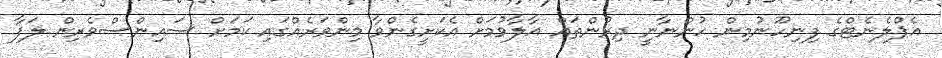
އެޕްލެނެޓްގެ ފިނިހޫނުމިން ހުންނާނީ ދިރުންތައް އާލާވުމަށް އެކަށީގެންވާ މިންވަރެއްގައި ކަމަށް ސައިންސްވެރިން ލަފާ